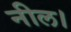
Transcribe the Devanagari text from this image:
नील।